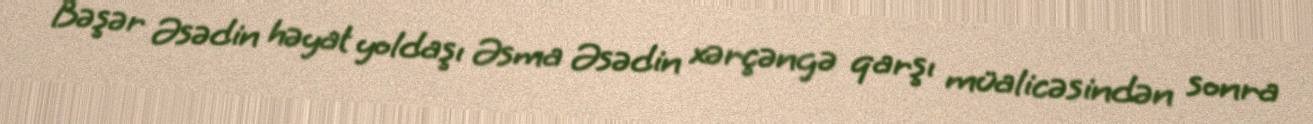
Bəşər Əsədin həyat yoldaşı Əsma Əsədin xərçəngə qarşı müalicəsindən sonra